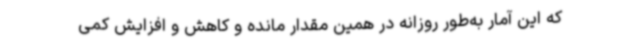
که این آمار به‌طور روزانه در همین مقدار مانده و کاهش و افزایش کمی